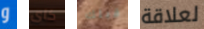
و كاى قبلك لعلاقة